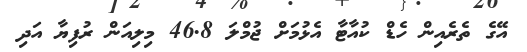
އޭގެ ތެރެއިން ހެޑް ކުއާޓާ އެޅުމަށް ޖުމްލަ 46.8 މިލިއަން ރުފިޔާ އަދި